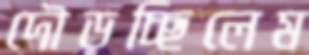
দৌড়চ্ছিলেম